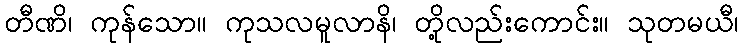
တီဏိ၊ ကုန်သော။ ကုသလမူလာနိ၊ တို့လည်းကောင်း။ သုတမယီ၊